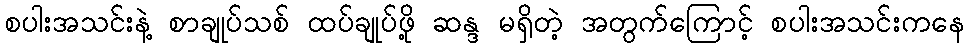
စပါးအသင်းနဲ့ စာချုပ်သစ် ထပ်ချုပ်ဖို့ ဆန္ဒ မရှိတဲ့ အတွက်ကြောင့် စပါးအသင်းကနေ